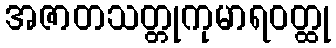
အဇာတသတ္တုကုမာရဝတ္ထု